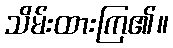
သိမ်းထားကြ၏။